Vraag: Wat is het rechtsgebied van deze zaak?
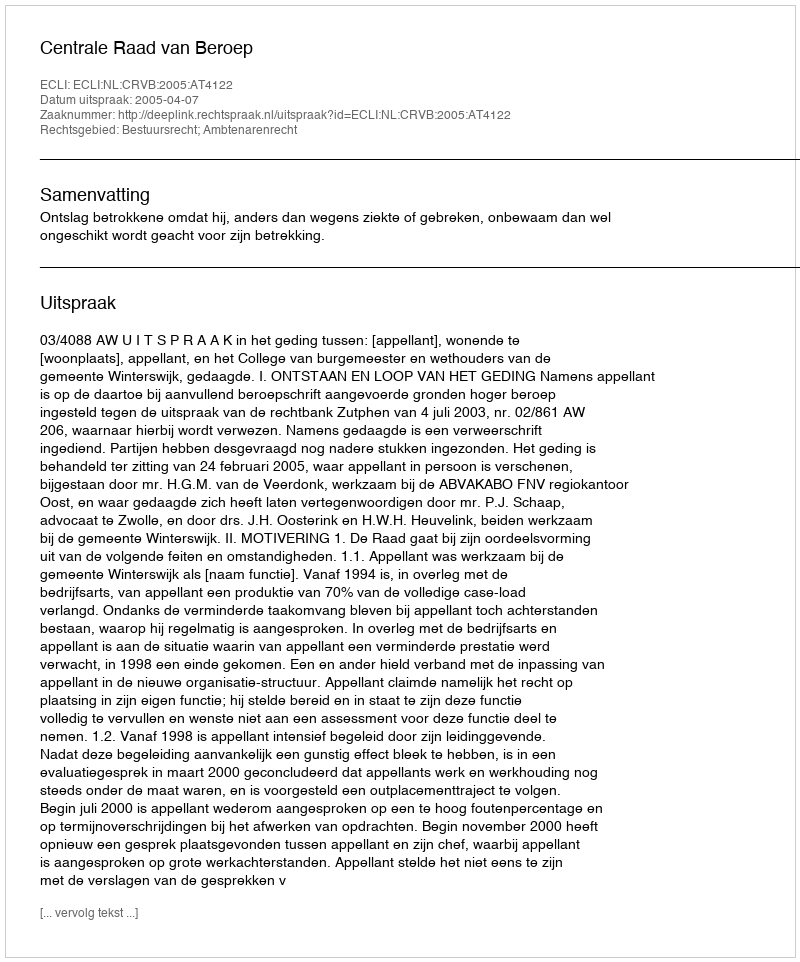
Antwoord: Bestuursrecht; Ambtenarenrecht